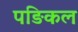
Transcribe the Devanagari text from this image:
पङिकल